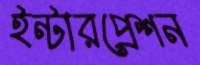
ইন্টারপ্রেশন